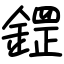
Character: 鎠